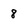
Character: 8